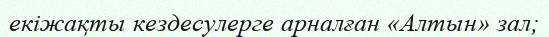
екіжақты кездесулерге арналған «Алтын» зал;